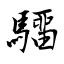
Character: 驑